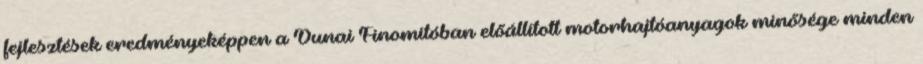
fejlesztések eredményeképpen a Dunai Finomítóban előállított motorhajtóanyagok minősége minden